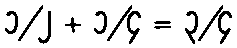
၁/၂ + ၁/၄ = ၃/၄